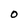
Character: O